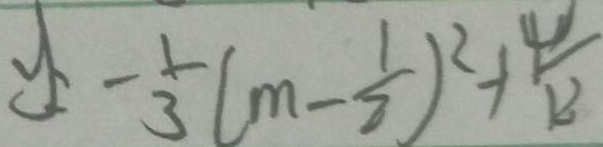
y = - \frac { 1 } { 3 } ( m - \frac { 1 } { 2 } ) ^ { 2 } + \frac { 4 } { 1 2 }